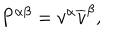
LaTeX: P ^ { \alpha \beta } = v ^ { \alpha } \overline { { { v } } } ^ { \beta } ,